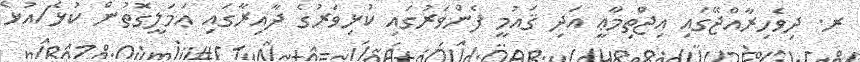
ރ. ދިވެހިރާއްޖޭގައި އިޖްތިމާޢީ އަދި ޤައުމީ ފެންވަރުގައި ކުޅިވަރުގެ ދާއިރާގައި ޢަމަލީގޮތުން ކުޅެ/އުޅެ